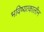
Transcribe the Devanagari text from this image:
भविष्यत्कालीन